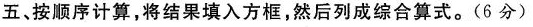
五、按顺序计算，将结果填入方框，然后列成综合算式。(6分)